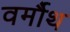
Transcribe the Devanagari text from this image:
वर्मौथ